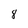
Character: 8